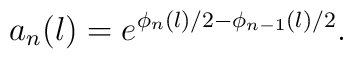
a_{n}(l)=e^{\phi_{n}(l)/2-\phi_{n-1}(l)/2}.